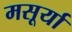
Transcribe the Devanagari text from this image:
मसूर्या